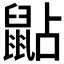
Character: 𪕐